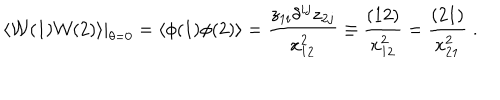
\langle { \cal W } ( 1 ) { \cal W } ( 2 ) \rangle | _ { \theta = 0 } = \langle \phi ( 1 ) \phi ( 2 ) \rangle = \frac { z _ { 1 i } \delta ^ { i j } z _ { 2 j } } { x _ { 1 2 } ^ { 2 } } \equiv \frac { ( 1 2 ) } { x _ { 1 2 } ^ { 2 } } = \frac { ( 2 1 ) } { x _ { 2 1 } ^ { 2 } } \; .